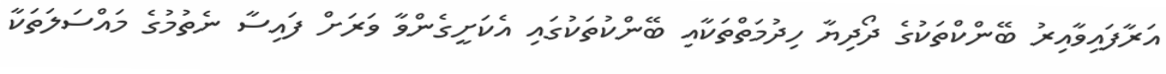
އަރާފައިވާއިރު ބޭންކްތަކުގެ ދޯދިޔާ ހިދުމަތްތަކާއި ބޭންކުތަކުގައި އެކަށީގެންވާ ވަރަށް ފައިސާ ނެތުމުގެ މައްސަލަތަކާ